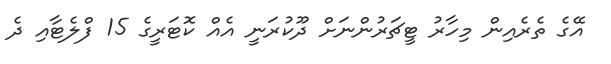
އޭގެ ތެރެއިން މިހާރު ޓީޗަރުންނަށް ދޫކުރަނީ އެއް ކޮޓަރީގެ 15 ފްލެޓާއި ދެ